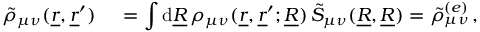
\begin{array} { r l } { \tilde { \rho } _ { \mu \nu } ( \underline { { r } } , \underline { { r } } ^ { \prime } ) \, } & { { } = \displaystyle \int \mathrm { d } \underline { { R } } \, \rho _ { \mu \nu } ( \underline { { r } } , \underline { { r } } ^ { \prime } ; \underline { { R } } ) \, \tilde { S } _ { \mu \nu } ( \underline { { R } } , \underline { { R } } ) = \tilde { \rho } _ { \mu \nu } ^ { ( e ) } \, , } \end{array}